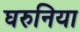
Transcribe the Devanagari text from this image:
घरुनिया